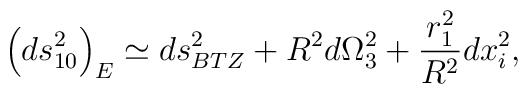
\left ( ds_{10}^2\right )_E \simeq ds_{BTZ}^2 + R^2 d\Omega_3^2 + {r_1^2 \over R^2} dx_i^2,